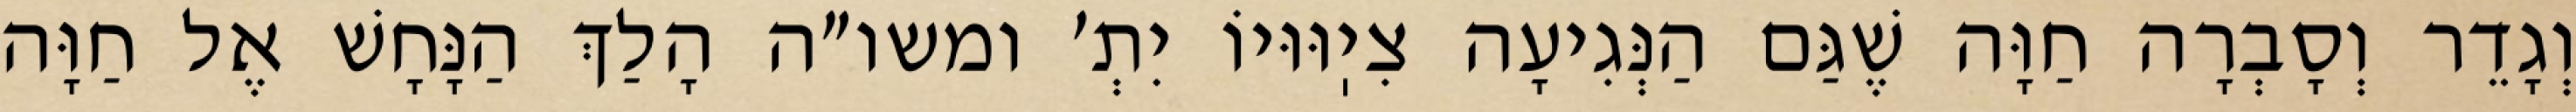
וְגָדֵר וְסָבְרָה חַוָּה שֶׁגַּם הַנְּגִיעָה צִיֽוּוּיוֹ יִתְ׳ ומשו״ה הָלַךְ הַנָּחָשׁ אֶל חַוָּה